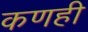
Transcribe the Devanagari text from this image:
कणही